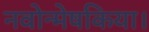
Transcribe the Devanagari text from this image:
नवोन्मेषकिया।